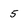
Character: 5